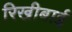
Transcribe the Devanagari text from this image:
रिखीबाई